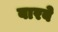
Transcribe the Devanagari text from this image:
बारबे